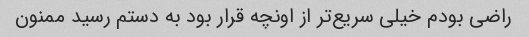
راضی بودم خیلی سریع‌تر از اونچه قرار بود به دستم رسید ممنون